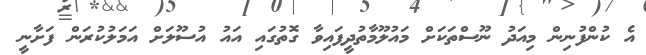
އެ ކުންފުނިން މިއަދު ނޫސްތަކަށް މައުލޫމާތުދީފައިވާ ގޮތުގައި އައު އުސޫލަށް އަމަލުކުރަން ފަށާނީ